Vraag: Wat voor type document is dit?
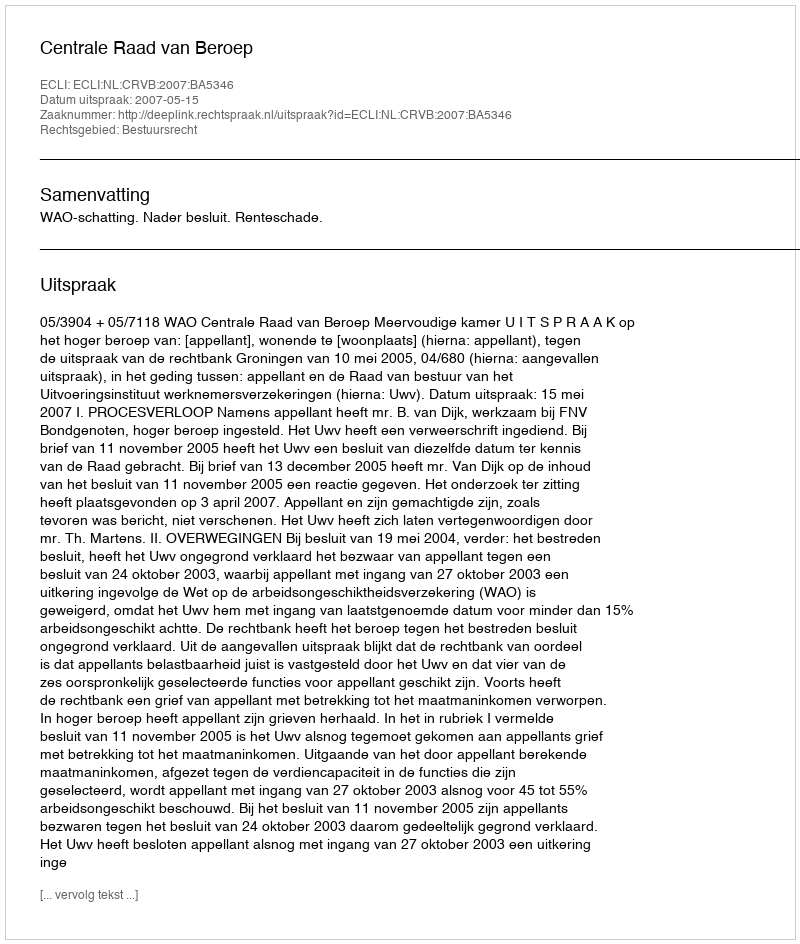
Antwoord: Uitspraak